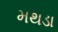
મથડા